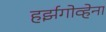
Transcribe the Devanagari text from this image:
हर्झगोव्हेना